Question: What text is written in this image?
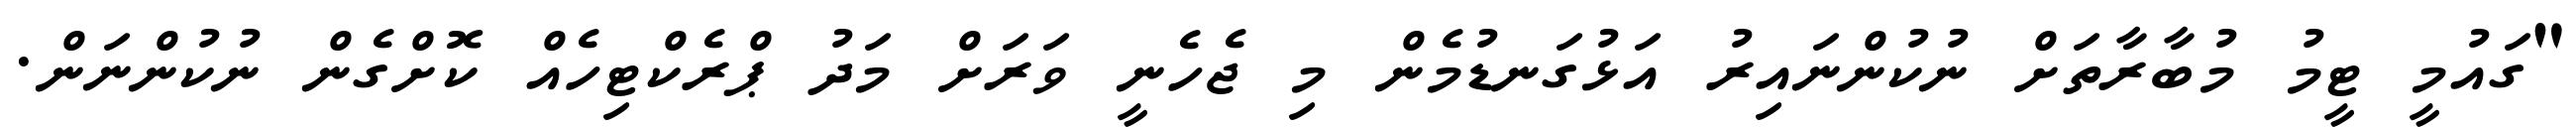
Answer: "ގައުމީ ޓީމު މުބާރާތަށް ނުކުންނައިރު އަޅުގަނޑުމެން މި ޖެހެނީ ވަރަށް މަދު ޕްރެކްޓިހެއް ކޮށްގެން ނުކުންނަން.